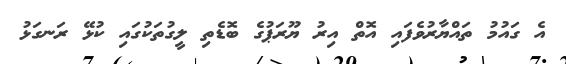
އެ ގައުމު ތައްޔާރުވެފައި އޮތް އިރު ޔޫރަޕުގެ ބޮޑެތި ލީގުތަކުގައި ކުޅޭ ރަނގަޅު